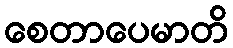
စေတာပေမာတိ